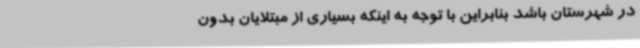
در شهرستان باشد بنابراین با توجه به اینکه بسیاری از مبتلایان بدون